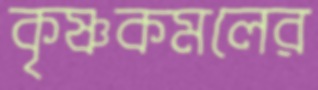
কৃষ্ণকমলের